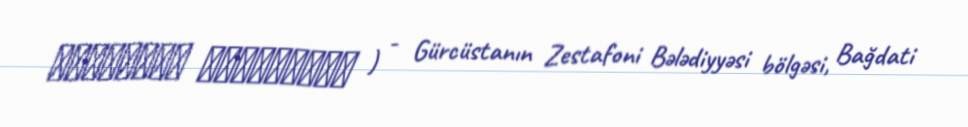
აჯამეთის აღკვეთილი ) - Gürcüstanın Zestafoni Bələdiyyəsi bölgəsi, Bağdati